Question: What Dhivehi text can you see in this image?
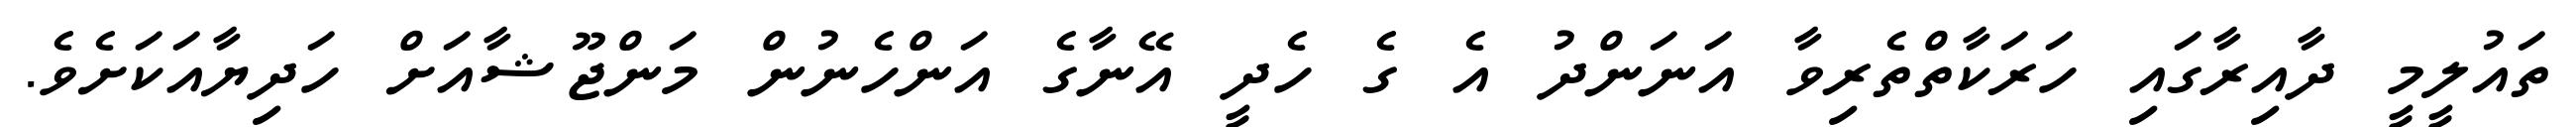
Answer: ތައުލީމީ ދާއިރާގައި ހަރަކާތްތެރިވާ އަނަންދު އެ ގެ ހެދީ އޭނާގެ އަންހެނުން މަންޖޫޝާއަށް ހަދިޔާއަކަށެވެ.